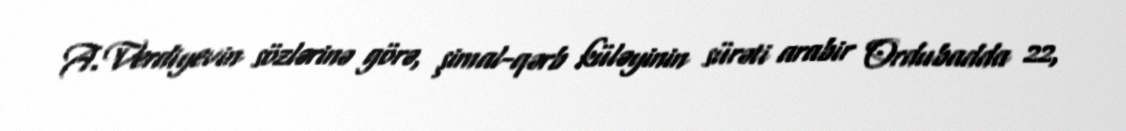
A.Verdiyevin sözlərinə görə, şimal-qərb küləyinin sürəti arabir Ordubadda 22,